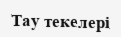
Тау текелері